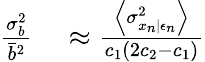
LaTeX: \begin{array}{rl}{\frac{\sigma_{b}^{2}}{\bar{b}^{2}}}&{{}\approx\frac{\left\langle\sigma_{x_{n}|\epsilon_{n}}^{2}\right\rangle}{c_{1}(2c_{2}-c_{1})}}\end{array}